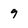
Character: 9